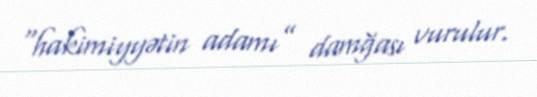
“hakimiyyətin adamı” damğası vurulur.